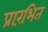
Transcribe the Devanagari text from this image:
प्रारंभित